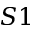
S 1